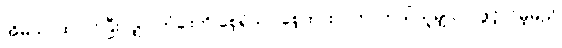
အိမ်သာထဲ ဝင်ပြီးလျှင် တံခါးကို စေ့ရုံသာ စေ့ထားလိုက်၊ ဘယ်သူမျှ လာဖွင့်လိမ့်မည်